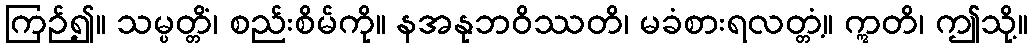
ကြဉ်၍။ သမ္ပတ္တိံ၊ စည်းစိမ်ကို။ နအနုဘဝိဿတိ၊ မခံစားရလတ္တံ့။ ဣတိ၊ ဤသို့။